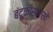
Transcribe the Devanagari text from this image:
बंदूकीसारखे